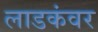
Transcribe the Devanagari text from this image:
लाडकंवर